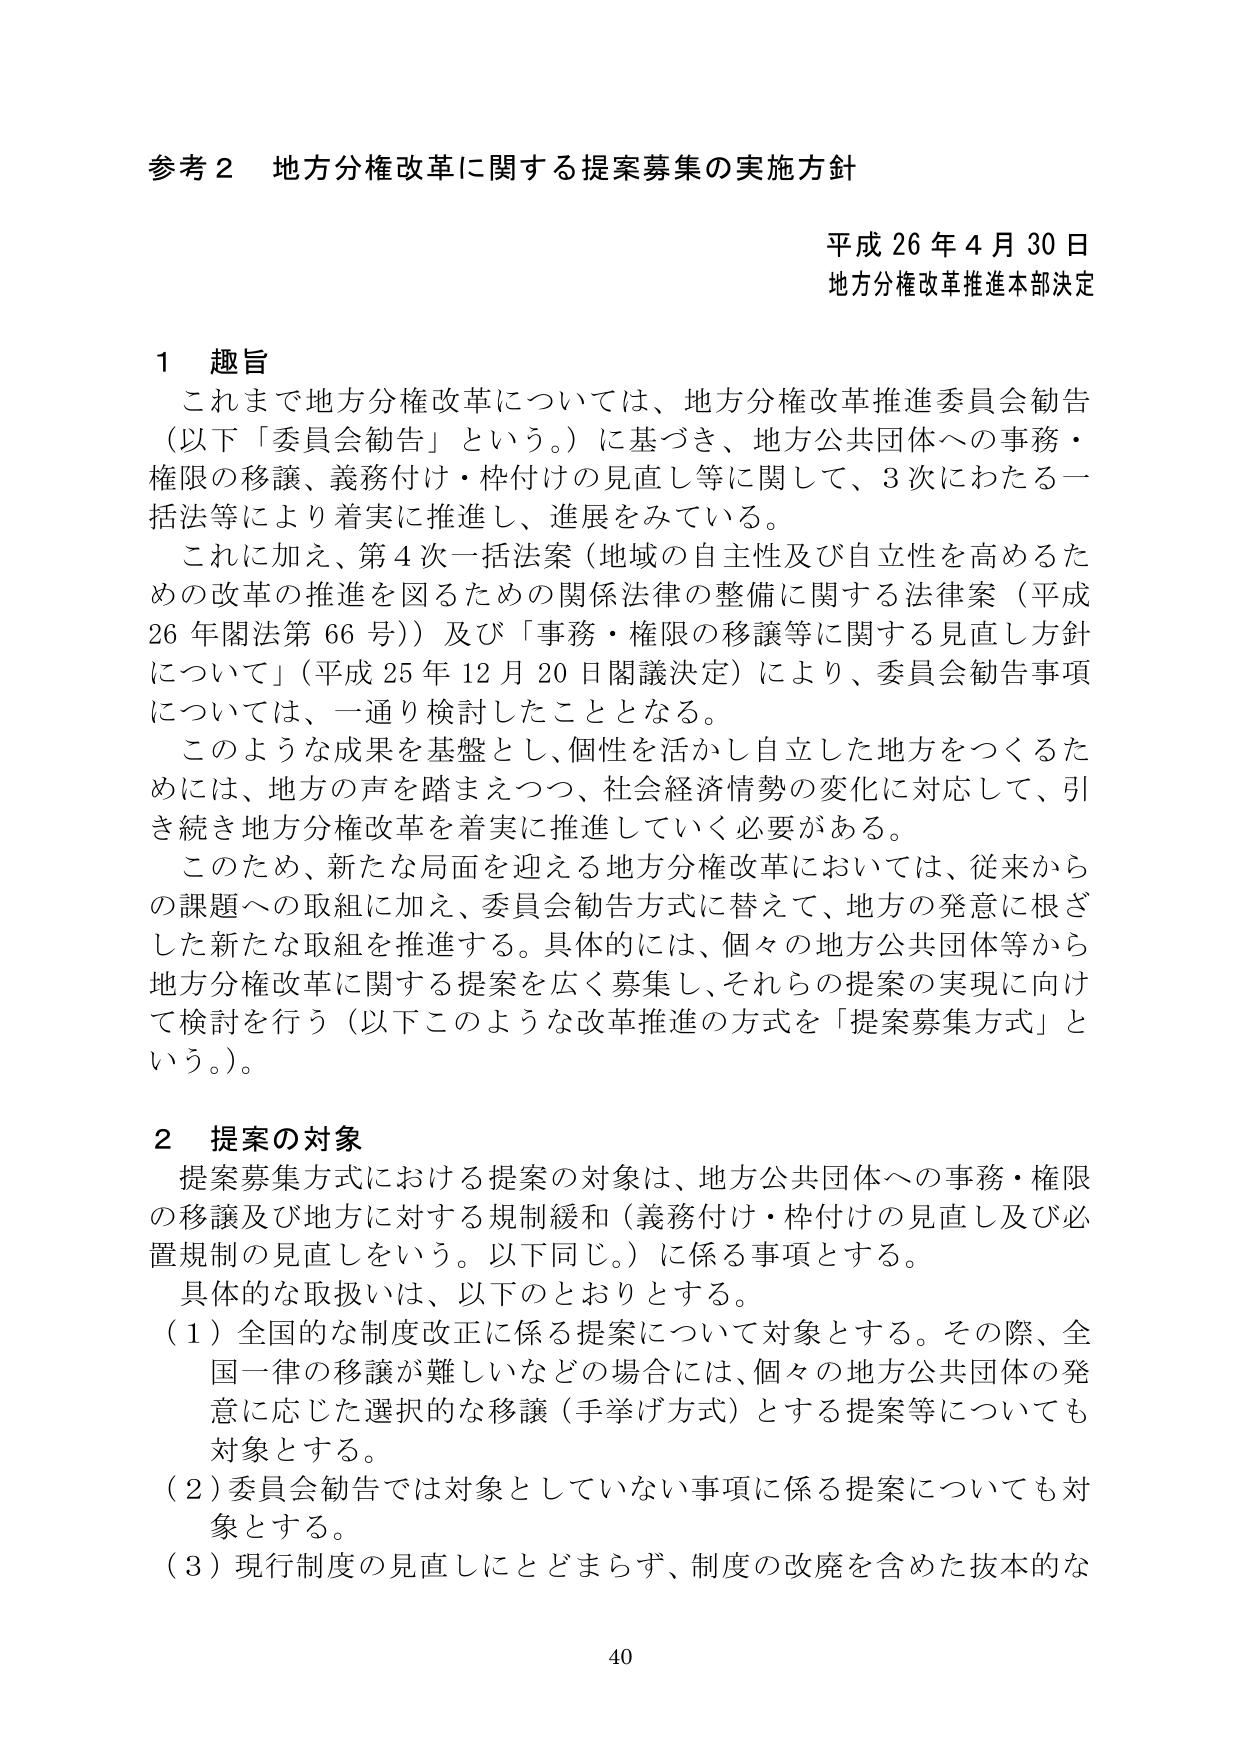
参考２ 地方分権改革に関する提案募集の実施方針

平成26年4月30日
地方分権改革推進本部決定

１ 趣旨
これまで地方分権改革については、地方分権改革推進委員会勧告（以下「委員会勧告」という。）に基づき、地方公共団体への事務・権限の移譲、義務付け・枠付けの見直し等に関して、3次にわたる一括法等により着実に推進し、進展をみている。
これに加え、第4次一括法案（地域の自主性及び自立性を高めるための改革の推進を図るための関係法律の整備に関する法律案（平成26年閣法第66号））及び「事務・権限の移譲等に関する見直し方針について」（平成25年12月20日閣議決定）により、委員会勧告事項については、一通り検討したこととなる。
このような成果を基盤とし、個性を活かし自立した地方をつくるためには、地方の声を踏まえつつ、社会経済情勢の変化に対応して、引き続き地方分権改革を着実に推進していく必要がある。
このため、新たな局面を迎える地方分権改革においては、従来からの課題への取組に加え、委員会勧告方式に替えて、地方の発意に根ざした新たな取組を推進する。具体的には、個々の地方公共団体等から地方分権改革に関する提案を広く募集し、それらの提案の実現に向けて検討を行う（以下このような改革推進の方式を「提案募集方式」という。）。

２ 提案の対象
提案募集方式における提案の対象は、地方公共団体への事務・権限の移譲及び地方に対する規制緩和（義務付け・枠付けの見直し及び必置規制の見直しをいう。以下同じ。）に係る事項とする。
具体的な取扱いは、以下のとおりとする。
（1）全国的な制度改正に係る提案について対象とする。その際、全国一律の移譲が難しいなどの場合には、個々の地方公共団体の発意に応じた選択的な移譲（手挙げ方式）とする提案等についても対象とする。
（2）委員会勧告では対象としていない事項に係る提案についても対象とする。
（3）現行制度の見直しにとどまらず、制度の改廃を含めた抜本的な

40